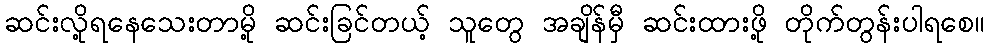
ဆင်းလို့ရနေသေးတာမို့ ဆင်းခြင်တယ့် သူတွေ အချိန်မှီ ဆင်းထားဖို့ တိုက်တွန်းပါရစေ။